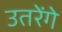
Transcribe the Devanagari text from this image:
उतरेंगे